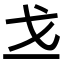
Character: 𪭉